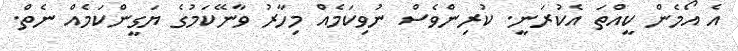
އެ އޯމެން ކީއްތަ އެކުރަނީ. ކުރިންވެސް ނުވިކަމެއް މިހާރު ވާނޭކަމުގެ ޔަގީންކަމެއް ނެތް.